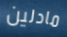
مادلين